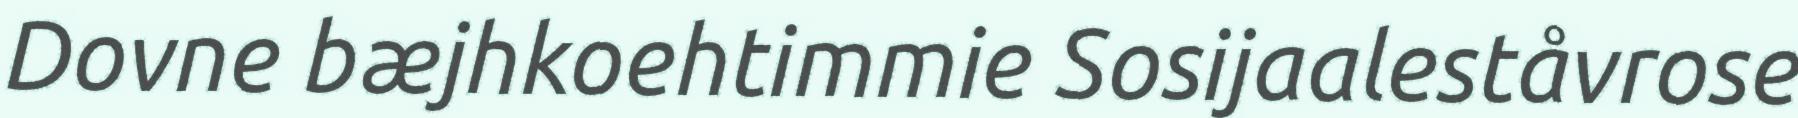
Dovne bæjhkoehtimmie Sosijaaleståvrose